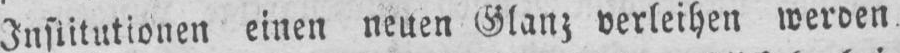
Institutionen einen neuen Glanz verleihen werden